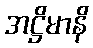
အဋ္ဌိမာနိ